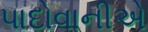
પાદોવાનીએ